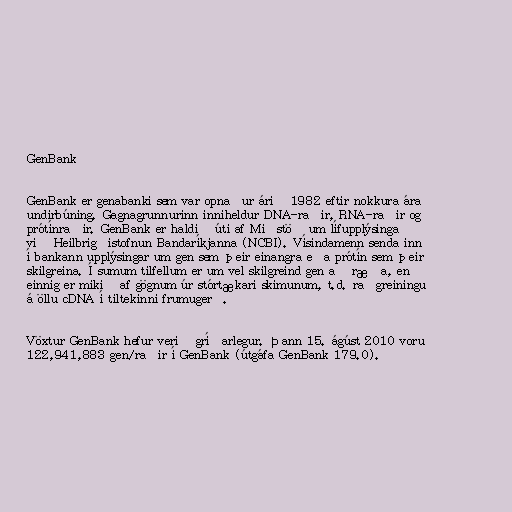
GenBank

GenBank er genabanki sem var opnaður árið 1982 eftir nokkura ára
undirbúning. Gagnagrunnurinn inniheldur DNA-raðir, RNA-raðir og
prótínraðir. GenBank er haldið úti af Miðstöð um lífupplýsinga
við Heilbrigðistofnun Bandaríkjanna (NCBI). Vísindamenn senda inn
í bankann upplýsingar um gen sem þeir einangra eða prótín sem þeir
skilgreina. Í sumum tilfellum er um vel skilgreind gen að ræða, en
einnig er mikið af gögnum úr stórtækari skimunum, t.d. raðgreiningu
á öllu cDNA í tiltekinni frumugerð.

Vöxtur GenBank hefur verið gríðarlegur. Þann 15. ágúst 2010 voru
122,941,883 gen/raðir í GenBank (útgáfa GenBank 179.0).